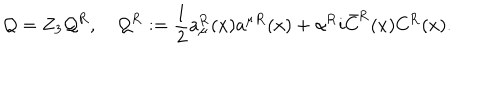
\mathcal { Q } = Z _ { 3 } \mathcal { Q } ^ { \mathrm { R } } , \quad \mathcal { Q } ^ { \mathrm { R } } : = { \frac { 1 } { 2 } } a _ { \mu } ^ { \mathrm { R } } ( x ) a ^ { \mu } { } ^ { \mathrm { R } } ( x ) + \alpha ^ { \mathrm { R } } i \bar { C } ^ { \mathrm { R } } ( x ) C ^ { \mathrm { R } } ( x ) .